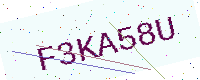
Text: F3KA58U